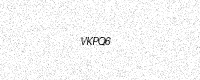
Text: VKPQ6